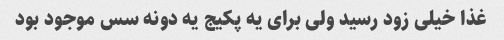
غذا خیلی زود رسید ولی برای یه پکیج یه دونه سس موجود بود